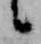
候